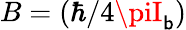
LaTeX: B=(\hbar/4\piI_{\mathsf{b}})